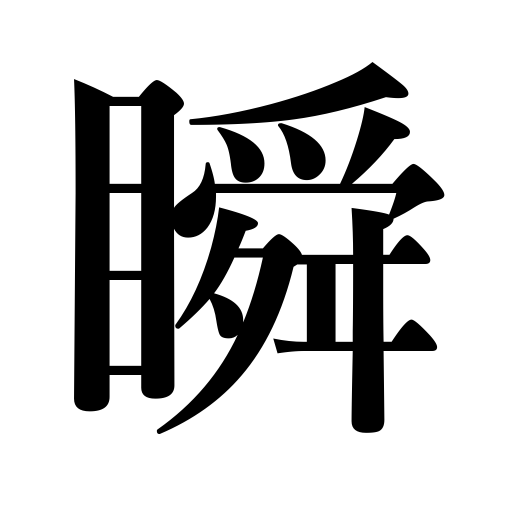
Meanings: wink,blink,flicker,twinkle